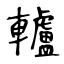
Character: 轤